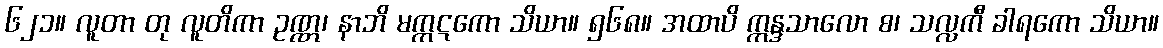
၆၂၁။ လူတာ တု လူတိကာ ဥဏ္ဏ၊ နာဘိ မက္ကဋကော သိယာ။ ၅၆၈။ အထာပိ ဣန္ဒသာလော စ၊ သလ္လကီ ခါရကော သိယာ။